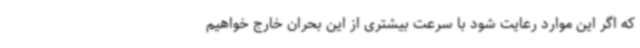
که اگر این موارد رعایت شود با سرعت بیشتری از این بحران خارج خواهیم